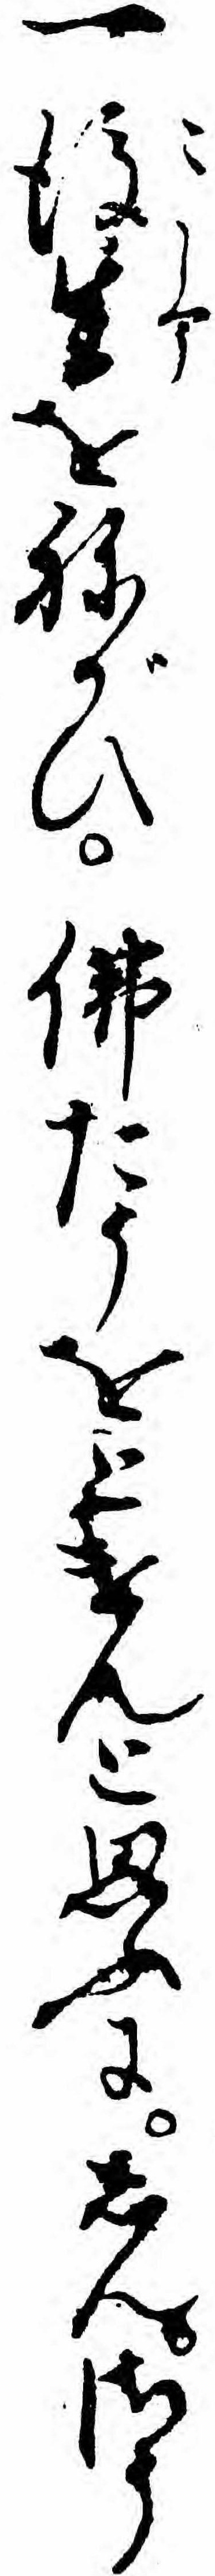
一後生をねがひ仏たうをとけんと思ふにしんさう